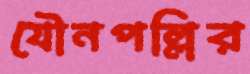
যৌনপল্লির